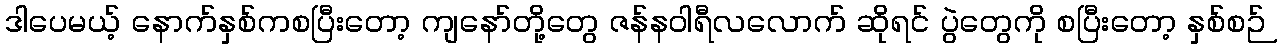
ဒါပေမယ့် နောက်နှစ်ကစပြီးတော့ ကျနော်တို့တွေ ဇန်နဝါရီလလောက် ဆိုရင် ပွဲတွေကို စပြီးတော့ နှစ်စဉ်